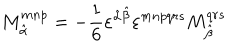
M _ { \hat { \alpha } } ^ { m n p } = - \frac { 1 } { 6 } \varepsilon ^ { \hat { \alpha } \hat { \beta } } \varepsilon ^ { m n p q r s } M _ { \hat { \beta } } ^ { q r s }